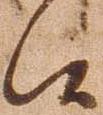
候